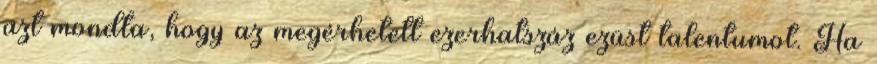
azt mondta, hogy az megérhetett ezerhatszáz ezüst talentumot. Ha